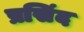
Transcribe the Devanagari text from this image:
प्रसिंद